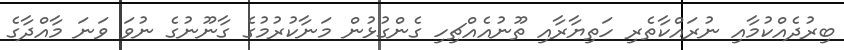
ބިރުދެއްކުމާއި ނުރައްކާތެރި ހަތިޔާރާއި ތޫނުއެއްޗިހި ގެންގުޅުން މަނާކުރުމުގެ ގާނޫނުގެ ނުވަ ވަނަ މާއްދާގެ